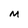
Character: M